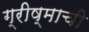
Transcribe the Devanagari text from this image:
ग्रीष्माची